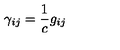
\gamma _ { i j } = \frac { 1 } { c } g _ { i j }